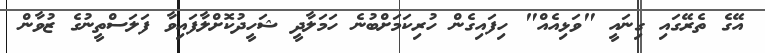
އޭގެ ތެރޭގައި ގިނައީ "ވަޅިއެއް" ހިފައިގެން ހުރިކަމަށްބުނެ ހަމަލާދީ ޝަހީދުކޮށްލާފައިވާ ފަލަސްތީނުގެ ޒުވާން